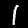
Label: 1